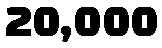
20,000